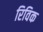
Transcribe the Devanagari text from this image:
रिविक